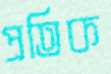
প্রতিক